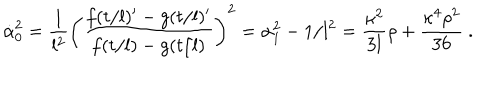
LaTeX: \dot { \alpha } _ { 0 } ^ { 2 } = \frac { 1 } { l ^ { 2 } } \left( \frac { f ( t / l ) ^ { \prime } - g ( t / l ) ^ { \prime } } { f ( t / l ) - g ( t / l ) } \right) ^ { 2 } = \alpha _ { 1 } ^ { 2 } - 1 / l ^ { 2 } = \frac { \kappa ^ { 2 } } { 3 l } \rho + \frac { \kappa ^ { 4 } \rho ^ { 2 } } { 3 6 } \ .